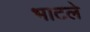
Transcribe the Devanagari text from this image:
भाटले